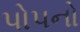
પોપનો